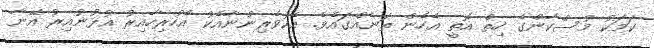
ކަމަކު މުސްކާންގެ ހިތް އޮތީ އެހެން ތަނެއްގައެވެ. އެކުވެރިންނާއެކު އެހުރިހާއިރު އުޅުނުއިރު އޭނާ